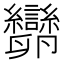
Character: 𠨫